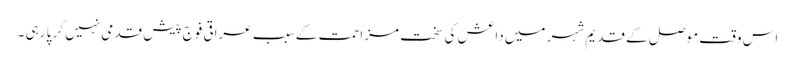
اس وقت موصل کے قدیم شہر میں داعش کی سخت مزاحمت کے سبب عراقی فوج پیش قدمی نہیں کر پا رہی ۔